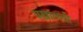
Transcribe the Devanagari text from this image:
पखालची